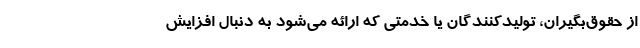
از حقوق‌بگیران، تولیدکنندگان یا خدمتی که ارائه می‌شود به دنبال افزایش